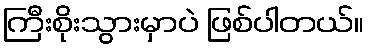
ကြီးစိုးသွားမှာပဲ ဖြစ်ပါတယ်။